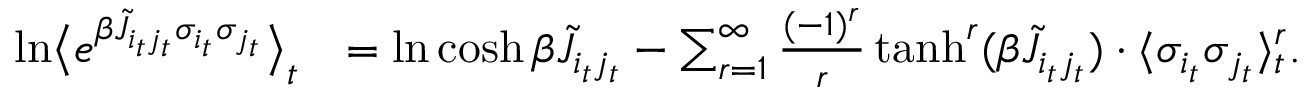
\begin{array} { r l } { \ln \bigl \langle e ^ { \beta \tilde { J } _ { i _ { t } j _ { t } } \sigma _ { i _ { t } } \sigma _ { j _ { t } } } \bigr \rangle _ { t } } & { = \ln \cosh \beta \tilde { J } _ { i _ { t } j _ { t } } - \sum _ { r = 1 } ^ { \infty } \frac { ( - 1 ) ^ { r } } { r } \operatorname { t a n h } ^ { r } ( \beta \tilde { J } _ { i _ { t } j _ { t } } ) \cdot \langle \sigma _ { i _ { t } } \sigma _ { j _ { t } } \rangle _ { t } ^ { r } . } \end{array}